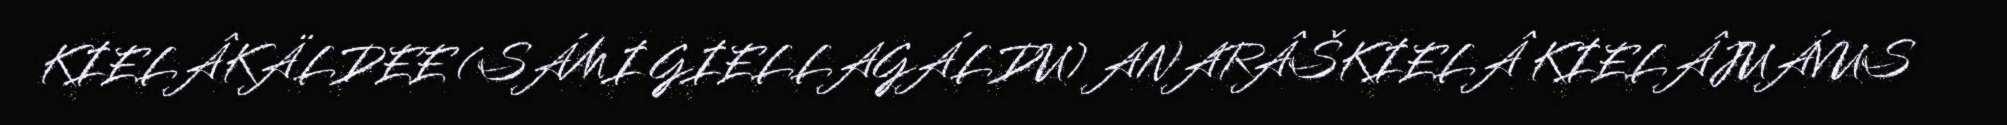
KIELÂKÄLDEE (SÁMI GIELLAGÁLDU) ANARÂŠKIELÂ KIELÂJUÁVUS